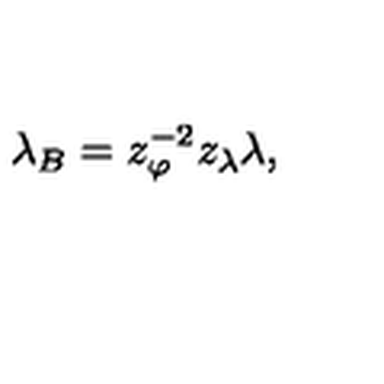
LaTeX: \lambda _ { B } = z _ { \varphi } ^ { - 2 } z _ { \lambda } \lambda ,